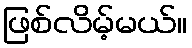
ဖြစ်လိမ့်မယ်။